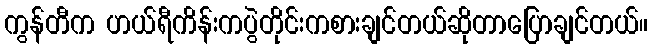
ကွန်တီက ဟယ်ရီကိန်းကပွဲတိုင်းကစားချင်တယ်ဆိုတာပြောချင်တယ်။